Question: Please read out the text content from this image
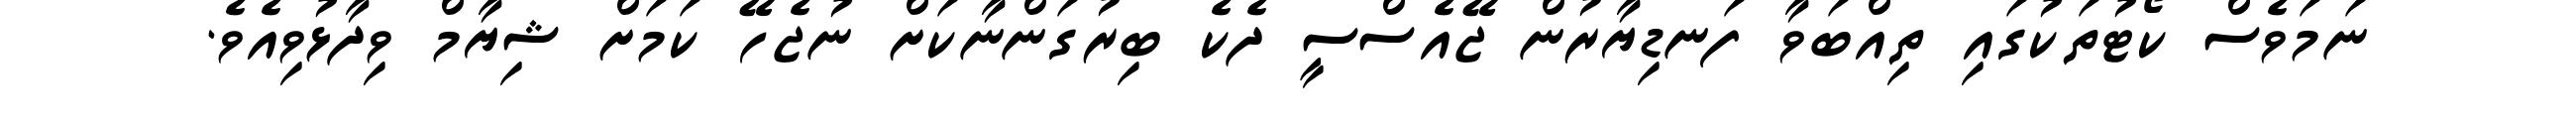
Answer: ނަމަވެސް ކޯޓުތަކުގައި ތިއްބަވާ ފަނޑިޔާރުން ޖޭއެސްސީ ދެކެ ބިރުގަންނާކަށް ނުޖެހޭ ކަމަށް ޝިޔާމް ވިދާޅުވިއެވެ.